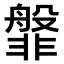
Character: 𬰝